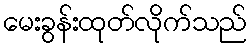
မေးခွန်းထုတ်လိုက်သည်